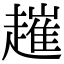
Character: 𧽠